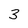
Character: 3